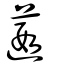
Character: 蕸